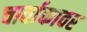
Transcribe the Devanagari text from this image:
चार्वाकावर